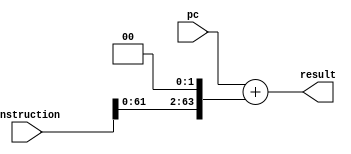
`timescale 1ns / 1ps
module cbz_alu(
    input [63:0] pc,
    input [63:0] instruction,
    output [63:0] result
    );
	 assign result=pc+(instruction<<2);
endmodule